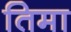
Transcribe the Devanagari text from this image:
तिमा